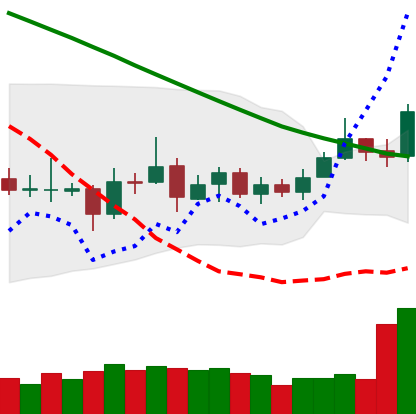
Ticker: ETC-USD
Chart end date: 2019-03-19
Forward return: 3.881%
Label: up_3_5